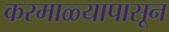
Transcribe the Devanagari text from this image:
करमाळ्यापासून